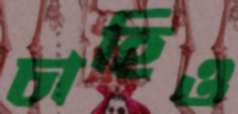
চাহিও